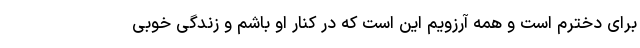
برای دخترم است و همه آرزویم این است که در کنار او باشم و زندگی خوبی